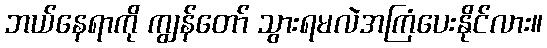
ဘယ်နေရာကို ကျွန်တော် သွားရမလဲအကြံပေးနိုင်လား။